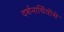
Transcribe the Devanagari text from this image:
दर्शनार्थियोंसे